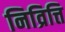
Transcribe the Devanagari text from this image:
निव्रित्ति